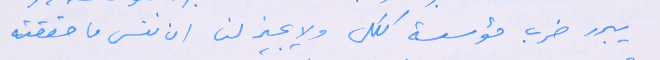
يبرر ضرب مؤسسة ككل ولا يجيز لنا ان ننسى ما حققته